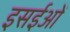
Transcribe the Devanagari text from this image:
इसईओं